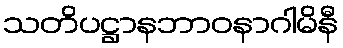
သတိပဋ္ဌာနဘာဝနာဂါမိနီ